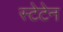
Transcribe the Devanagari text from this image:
स्टेटेन